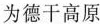
为德干高原